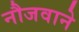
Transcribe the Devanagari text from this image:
नौजवाने